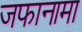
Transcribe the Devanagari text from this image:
जफानामा